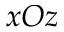
x O z